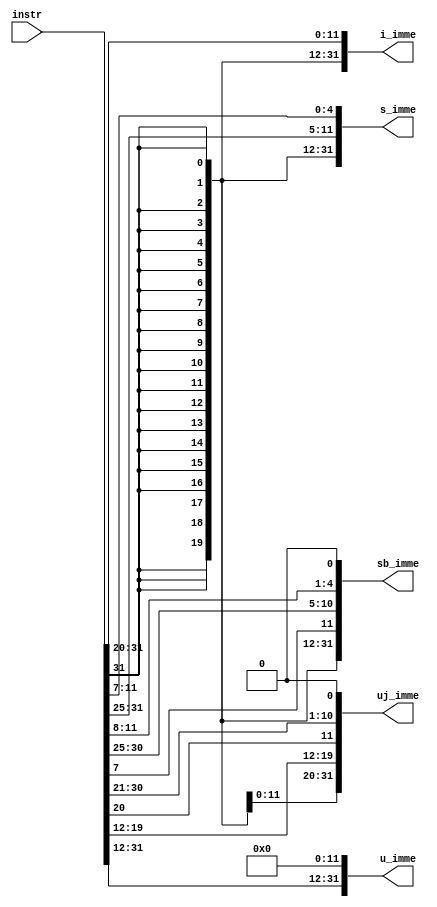
module immediategen (
    input wire [31:0]instr,
    output reg [31:0] i_imme,
    output reg [31:0] s_imme,
    output reg [31:0] sb_imme,
    output reg [31:0] uj_imme,
    output reg [31:0] u_imme
);

    always @(*) begin
        i_imme  = {{20{instr[31]}}, instr[31:20]};
        s_imme  = {{20{instr[31]}}, instr[31:25], instr[11:7]};
        sb_imme = {{19{instr[31]}},instr[31],instr[7],instr[30:25],instr[11:8],1'b0};
        uj_imme = {{11{instr[31]}},instr[31],instr[19:12],instr[20],instr[30:21],1'b0};
        u_imme  = {{instr[31:12]},12'b0};
    end
endmodule